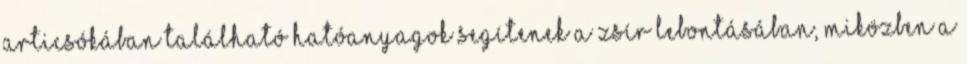
articsókában található hatóanyagok segítenek a zsír lebontásában, miközben a